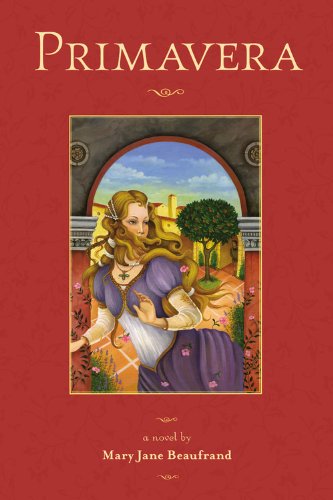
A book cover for Primavera; Mary Jane Beaufrand; Teen & Young Adult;